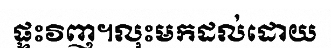
ផ្ទះវិញ។លុះមកដល់ដោយ